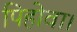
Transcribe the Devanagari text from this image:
पिहोवा।